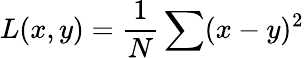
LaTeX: L(x,y)=\frac{1}{N}\sum(x-y)^{2}